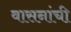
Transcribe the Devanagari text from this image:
वासनांची